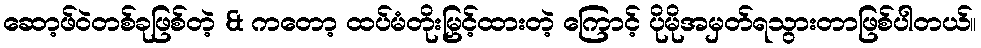
ဆော့ဖ်ဝဲတစ်ခုဖြစ်တဲ့ & ကတော့ ထပ်မံတိုးမြှင့်ထားတဲ့ ကြောင့် ပိုမိုအမှတ်ရသွားတာဖြစ်ပါတယ်။